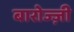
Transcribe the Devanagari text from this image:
बारोज्ज़ी